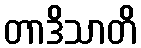
တာဒိသာတိ